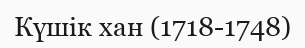
Күшік хан (1718-1748)